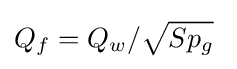
Q_{f}={Q_{w}}/{\sqrt {S{p_{g}}}}\